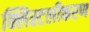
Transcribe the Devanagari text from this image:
क्लिस्टलीकरण